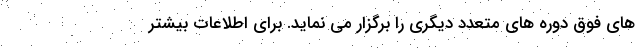
های فوق دوره های متعدد دیگری را برگزار می نماید. برای اطلاعات بیشتر